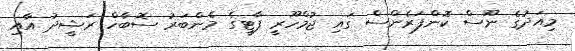
މިއަދުގެ ނޫސް ކޮންފަރެންސް ގައި ޖުމްހޫރީ ޕާޓީގެ މެންބަރު ސޮބާހް ރަޝީދު އާއި